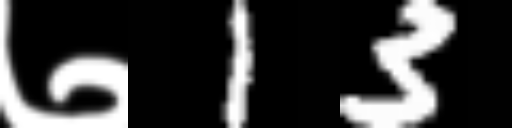
Text: ७13